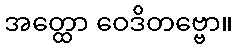
အတ္ထော ဝေဒိတဗ္ဗော။